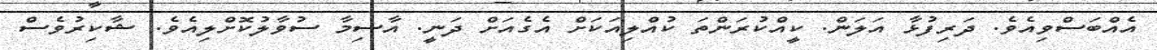
އެއްބަސްވިއެވެ. ދަރިފުޅާ އަލަން. ކީއްކުރަންތަ ކުއްލިއަކަށް އެގެއަށް ދަނީ. އާސިމާ ސުވާލުކޮށްލިއެވެ. ޝާކިރުވެސް